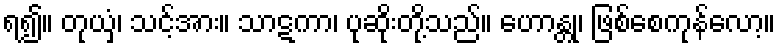
ရ၍။ တုယှံ၊ သင့်အား။ သာဋကာ၊ ပုဆိုးတို့သည်။ ဟောန္တု၊ ဖြစ်စေကုန်လော့။